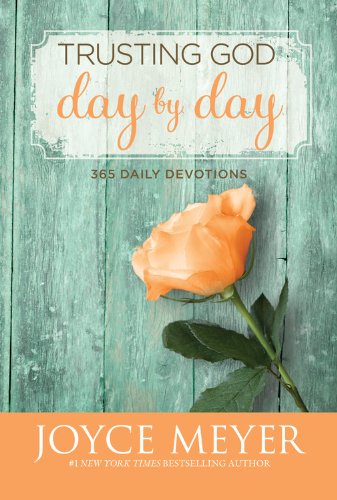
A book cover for Trusting God Day by Day: 365 Daily Devotions; Joyce Meyer; Christian Books & Bibles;